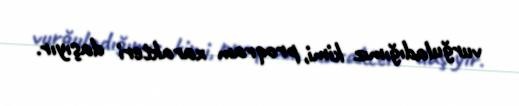
vurğuladığımız kimi, proqram xarakteri daşıyır.